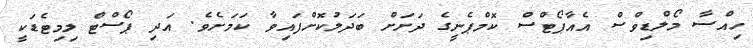
ހިއްސާ މޯލްޑިވްސް އެއާޕޯޓްސް ކޮމްޕެނީގެ ދަށަށް ބަދަލުކޮށްފައިވާ ކަމަށެވެ. އަދި ޕޯސްޓް ލިމިޓެޑަކީ